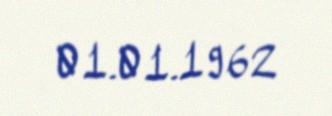
01.01.1962